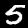
Digit: 5